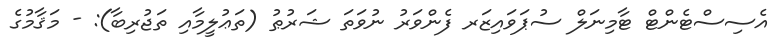
އެސިސްޓެންޓް ޓާމިނަލް ސުޕަވައިޒަރ ފެންވަރު ނުވަތަ ޝަރުޠު (ތަޢުލީމާއި ތަޖުރިބާ): - މަޤާމުގެ